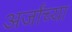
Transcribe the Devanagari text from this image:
अर्जांच्या